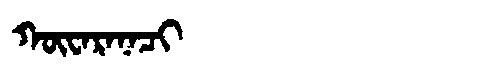
Manchu: ᡴᡡᠸᠠᡵᠠᠨᠠᠴᡳ
Romanization: KŪWARANACI